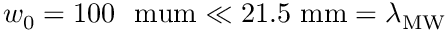
w _ { 0 } = 1 0 0 \ \mathrm { \ m u m } \ll 2 1 . 5 \ \mathrm { m m } = \lambda _ { \mathrm { M W } }